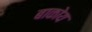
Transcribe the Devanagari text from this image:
बाकोय